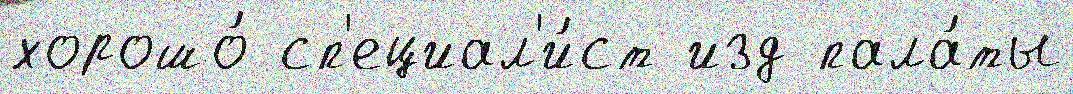
хорошо́ сп'ециал'и́ст изд пала́ты